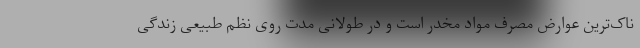
ناک‌ترین عوارض مصرف مواد مخدر است و در طولانی مدت روی نظم طبیعی زندگی